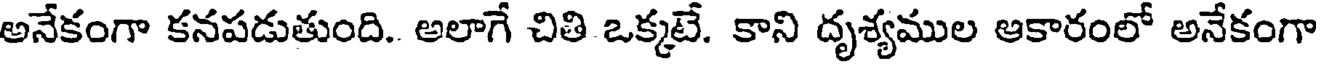
అనేకంగా కనపడుతుంది. అలాగే చితి ఒక్కటే. కాని దృశ్యముల ఆకారంలో అనేకంగా